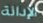
الإدانة